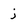
Character: j